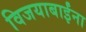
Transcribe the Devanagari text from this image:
विजयाबाईंना